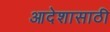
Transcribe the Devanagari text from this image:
आदेशासाठी